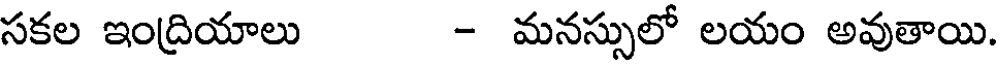
సకల ఇంద్రియాలు - మనస్సులో లయం అవుతాయి.